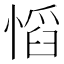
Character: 慆